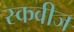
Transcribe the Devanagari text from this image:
स्कवीज